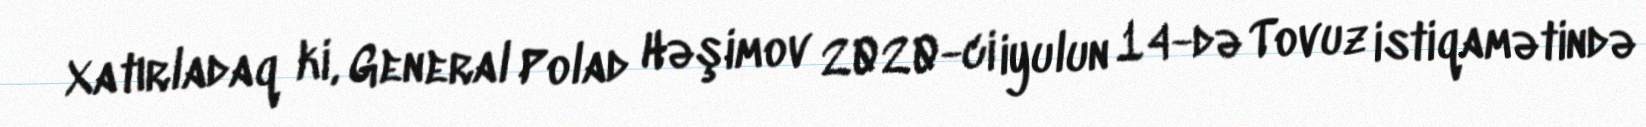
Xatırladaq ki, General Polad Həşimov 2020-ci iyulun 14-də Tovuz istiqamətində